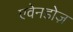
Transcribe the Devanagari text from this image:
एवेनडोज़